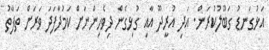
އަޅުގަނޑު ގަބޫލުކުރަން. އަދި އުރީދޫ އާއި ގުޅިގެން ދިވެހިންނަށް ކަމުދާފަދަ ވަރަށް ތަފާތު